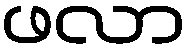
ဖလာ